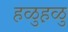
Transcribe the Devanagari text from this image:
हळुह़ळु